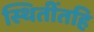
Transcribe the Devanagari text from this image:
स्थितींतहि